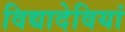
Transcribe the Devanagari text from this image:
विद्यादेवियां